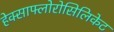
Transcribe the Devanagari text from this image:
हेक्साफ्लोरोसिलिकेट